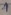
Text: 1